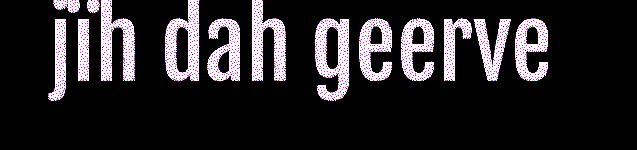
jïh dah geerve